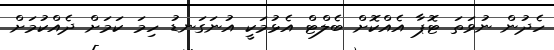
ހެދުން ނުވަތަ ޓޮޕާ އެއްކޮށް ބެލްޓް އެޅުމަކީ އުނަގަނޑު ހިމަ ކަމަށް ދެއްކުމަށް